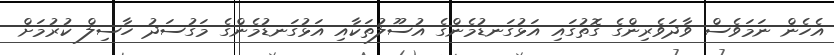
އެހެން ނަމަވެސް ވާދަވެރިންގެ ގޮތުގައި އަޅުގަނޑުމެންގެ އުސޫލުތަކާއި އަޅުގަނޑުމެންގެ މަގުސަދު ހާސިލް ކުރުމަށް